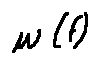
w ( f )